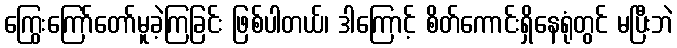
ကြွေးကြော်တော်မူခဲ့ကြခြင်း ဖြစ်ပါတယ်၊ ဒါကြောင့် စိတ်ကောင်းရှိနေရုံတွင် မပြီးဘဲ